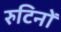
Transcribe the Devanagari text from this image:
रुटिनों